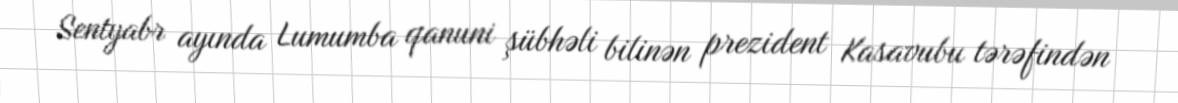
Sentyabr ayında Lumumba qanuni şübhəli bilinən prezident Kasavubu tərəfindən